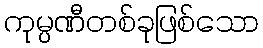
ကုမ္ပဏီတစ်ခုဖြစ်သော